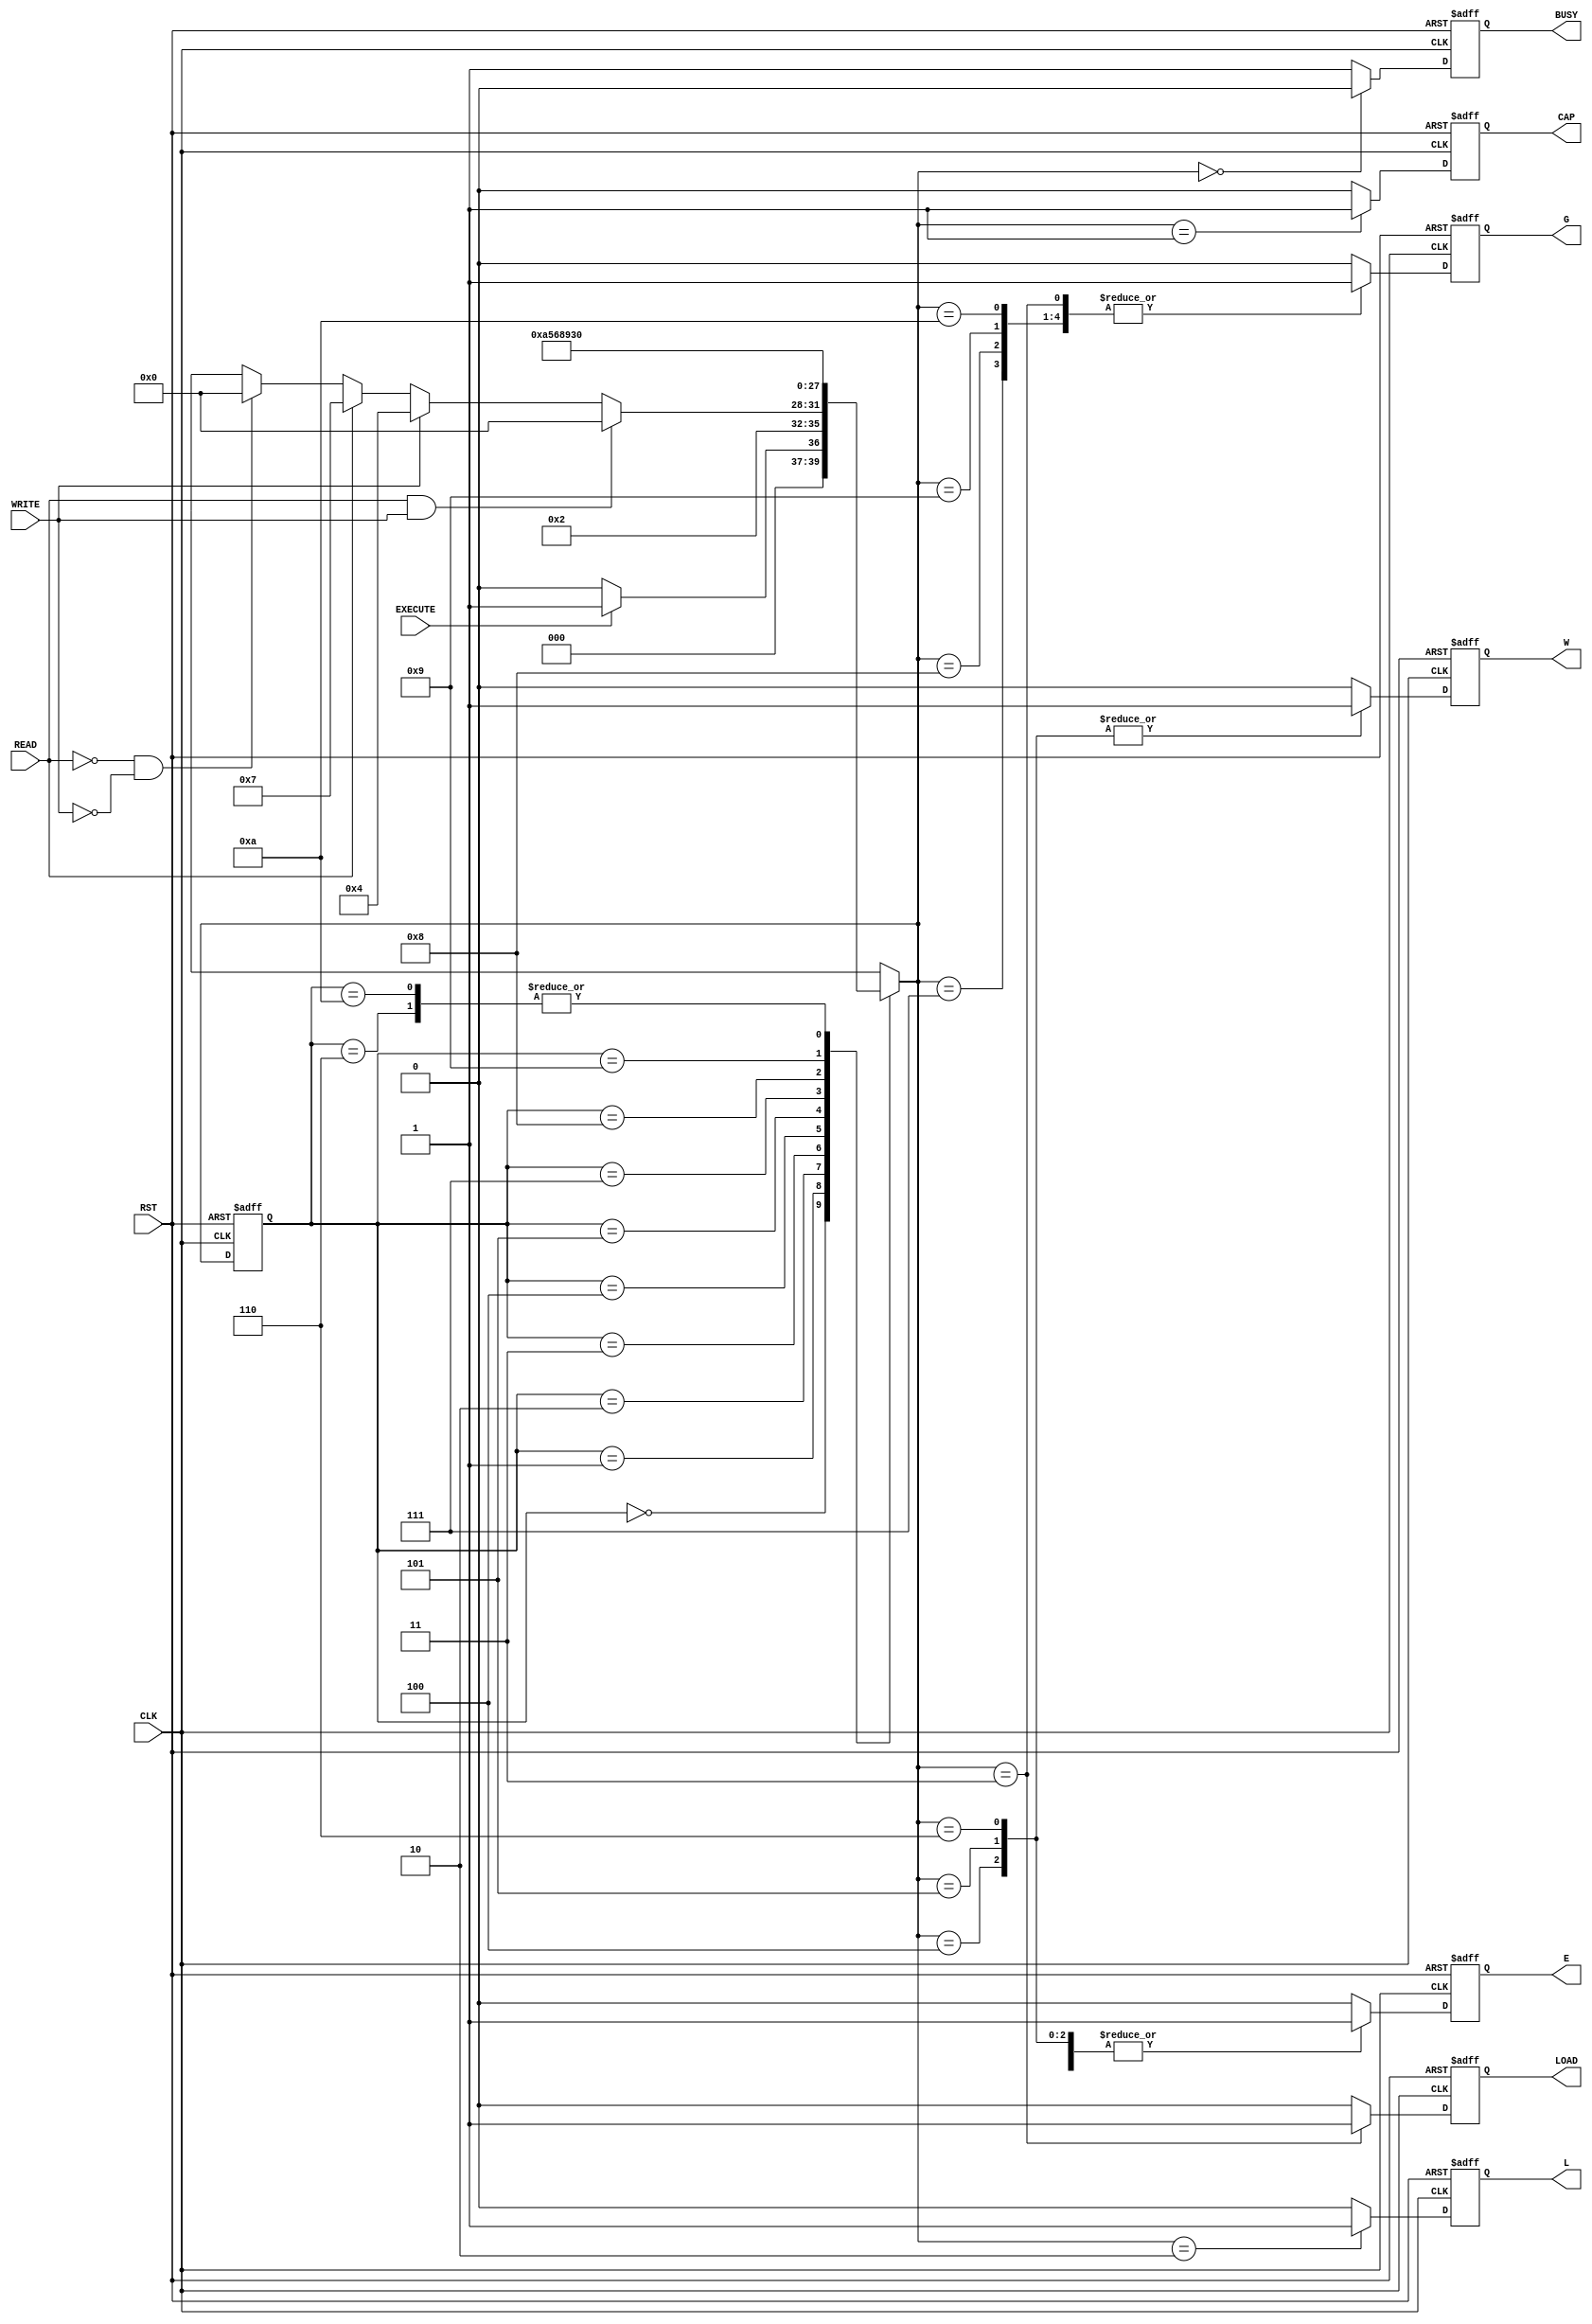

// Created by fizzim_tmr.pl version $Revision: 4.44 on 2016:09:15 at 15:18:26 (www.fizzim.com)

module BPI_intrf_FSM (
  output reg BUSY,
  output reg CAP,
  output reg E,
  output reg G,
  output reg L,
  output reg LOAD,
  output reg W,
  input CLK,
  input EXECUTE,
  input READ,
  input RST,
  input WRITE 
);

  // state bits
  parameter 
  Standby    = 4'b0000, 
  Capture    = 4'b0001, 
  Latch_Addr = 4'b0010, 
  Load       = 4'b0011, 
  WE1        = 4'b0100, 
  WE2        = 4'b0101, 
  WE3        = 4'b0110, 
  Wait1      = 4'b0111, 
  Wait2      = 4'b1000, 
  Wait3      = 4'b1001, 
  Wait4      = 4'b1010; 

  reg [3:0] state;


  reg [3:0] nextstate;



  // comb always block
  always @* begin
    nextstate = 4'bxxxx; // default to x because default_state_is_x is set
    case (state)
      Standby   : if      (EXECUTE)          nextstate = Capture;
                  else                       nextstate = Standby;
      Capture   :                            nextstate = Latch_Addr;
      Latch_Addr: if      (READ && WRITE)    nextstate = Standby;
                  else if (WRITE)            nextstate = WE1;
                  else if (READ)             nextstate = Wait1;
                  else if (!READ && !WRITE)  nextstate = Standby;
      Load      :                            nextstate = Wait4;
      WE1       :                            nextstate = WE2;
      WE2       :                            nextstate = WE3;
      WE3       :                            nextstate = Standby;
      Wait1     :                            nextstate = Wait2;
      Wait2     :                            nextstate = Wait3;
      Wait3     :                            nextstate = Load;
      Wait4     :                            nextstate = Standby;
    endcase
  end

  // Assign reg'd outputs to state bits

  // sequential always block
  always @(posedge CLK or posedge RST) begin
    if (RST)
      state <= Standby;
    else
      state <= nextstate;
  end

  // datapath sequential always block
  always @(posedge CLK or posedge RST) begin
    if (RST) begin
      BUSY <= 0;
      CAP <= 0;
      E <= 0;
      G <= 0;
      L <= 0;
      LOAD <= 0;
      W <= 0;
    end
    else begin
      BUSY <= 1; // default
      CAP <= 0; // default
      E <= 0; // default
      G <= 0; // default
      L <= 0; // default
      LOAD <= 0; // default
      W <= 0; // default
      case (nextstate)
        Standby   :        BUSY <= 0;
        Capture   :        CAP <= 1;
        Latch_Addr: begin
                           E <= 1;
                           L <= 1;
        end
        Load      : begin
                           E <= 1;
                           G <= 1;
                           LOAD <= 1;
        end
        WE1       : begin
                           E <= 1;
                           W <= 1;
        end
        WE2       : begin
                           E <= 1;
                           W <= 1;
        end
        WE3       : begin
                           E <= 1;
                           W <= 1;
        end
        Wait1     : begin
                           E <= 1;
                           G <= 1;
        end
        Wait2     : begin
                           E <= 1;
                           G <= 1;
        end
        Wait3     : begin
                           E <= 1;
                           G <= 1;
        end
        Wait4     : begin
                           E <= 1;
                           G <= 1;
        end
      endcase
    end
  end

  // This code allows you to see state names in simulation
  `ifndef SYNTHESIS
  reg [79:0] statename;
  always @* begin
    case (state)
      Standby   : statename = "Standby";
      Capture   : statename = "Capture";
      Latch_Addr: statename = "Latch_Addr";
      Load      : statename = "Load";
      WE1       : statename = "WE1";
      WE2       : statename = "WE2";
      WE3       : statename = "WE3";
      Wait1     : statename = "Wait1";
      Wait2     : statename = "Wait2";
      Wait3     : statename = "Wait3";
      Wait4     : statename = "Wait4";
      default   : statename = "XXXXXXXXXX";
    endcase
  end
  `endif

endmodule